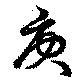
庚